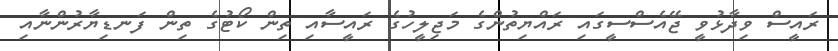
ރައީސް ވިދާޅުވީ ޖޭއެސްސީގައި ރައްޔިތުންގެ މަޖިލީހުގެ ރައީސާއި ތިން ކޯޓުގެ ތިން ފަނޑިޔާރުންނާއި